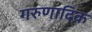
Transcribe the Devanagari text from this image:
गरुणादिक